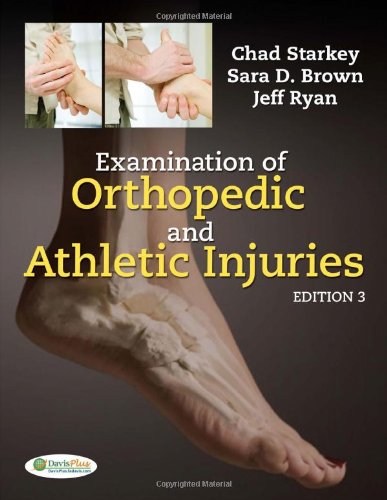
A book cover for Examination of Orthopedic and Athletic Injuries; Chad Starkey PhD  ATC; Medical Books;